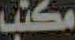
مكتب